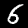
Digit: 6